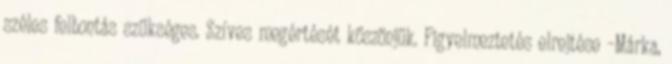
széles felbontás szükséges. Szíves megértését köszönjük. Figyelmeztetés elrejtése –Márka,